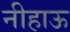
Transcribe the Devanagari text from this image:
नीहाऊ